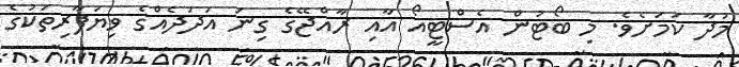
މުދާ ކަމަށެވެ. މި ބޯޓުން އެސްޓީއޯ އާއި ރާއްޖޭގެ ގިނަ އަދަދެއްގެ ވިޔަފާރިތަކުގެ